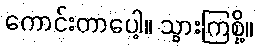
ကောင်းတာပေါ့။ သွားကြစို့။